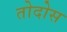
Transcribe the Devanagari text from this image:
तोदोस